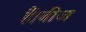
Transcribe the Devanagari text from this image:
हैं।बीज